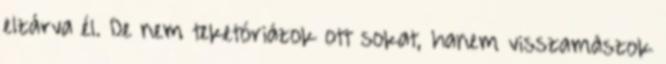
elzárva él. De nem teketóriázok ott sokat, hanem visszamászok